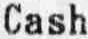
CASH